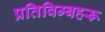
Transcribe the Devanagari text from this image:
प्रतिविम्‍बहरू